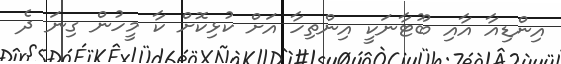
އިންޑިއާ އާއި ބޫޓާނަކީ އިންތިހާ އަށް ކުޅިކޮށް ކާ މީހުން ގިނަ ދެ